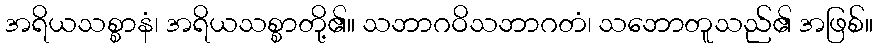
အရိယသစ္စာနံ၊ အရိယသစ္စာတို့၏။ သဘာဂဝိသဘာဂတံ၊ သဘောတူသည်၏ အဖြစ်။